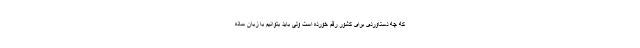
که چه دستاوردی برای کشور رقم خورده است ولی باید بتوانیم با زبان ساده